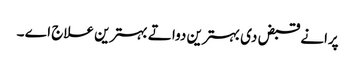
پرانے قبض د‏‏ی بہترین دوا تے بہترین علاج اے ۔